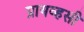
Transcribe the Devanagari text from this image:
प्रायव्हसी